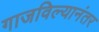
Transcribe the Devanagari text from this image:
गाजविल्यानंतर